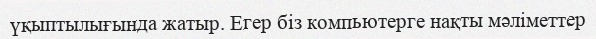
үқыптылығында жатыр. Егер біз компьютерге нақты мәліметтер